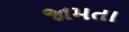
જામતા